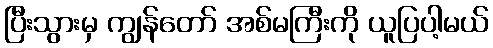
ပြီးသွားမှ ကျွန်တော် အစ်မကြီးကို ယူပြပါ့မယ်